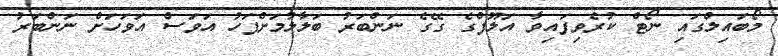
މޯބައިލްގައި ނޯޓް ކުރެވިފައިވާ އަލޫފްގެ ގޭގެ ނަންބަރު ބަލާލުމަށްފަހު އަވަސް އަވަހަށް ނަންބަރު